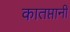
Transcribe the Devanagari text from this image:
कातप्तानी